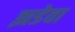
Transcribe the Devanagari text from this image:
झडेवा